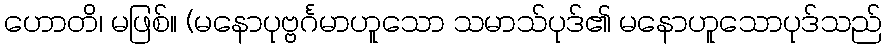
ဟောတိ၊ မဖြစ်။ (မနောပုဗ္ဗင်္ဂမာဟူသော သမာသ်ပုဒ်၏ မနောဟူသောပုဒ်သည်